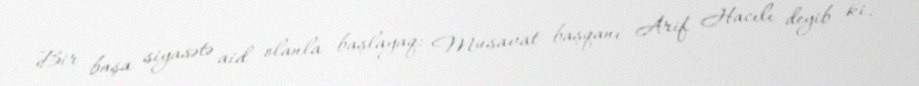
Bir başa siyasətə aid olanla başlayaq: Musavat başqanı Arif Hacılı deyib ki,